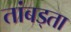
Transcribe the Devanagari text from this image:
तांबड्ता